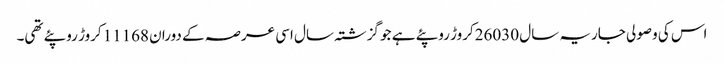
اس کی وصولی جاریہ سال 26030کروڑ روپئے ہے جو گزشتہ سال اسی عرصہ کے دوران 11168کروڑ روپئے تھی۔